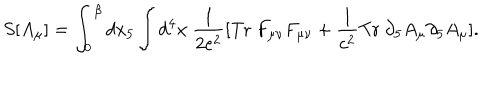
LaTeX: S [ A _ { \mu } ] = \int _ { 0 } ^ { \beta } d x _ { 5 } \int d ^ { 4 } x \ \frac { 1 } { 2 e ^ { 2 } } [ \mathrm { T r } \ F _ { \mu \nu } F _ { \mu \nu } + \frac { 1 } { c ^ { 2 } } \mathrm { T r } \ \partial _ { 5 } A _ { \mu } \partial _ { 5 } A _ { \mu } ] .